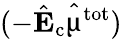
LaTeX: (-\hat{\mathrm{\mathbf{E}}}_{\mathrm{c}}\hat{\mathbf{\upmu}}^{\mathrm{tot}})